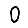
Digit: 0